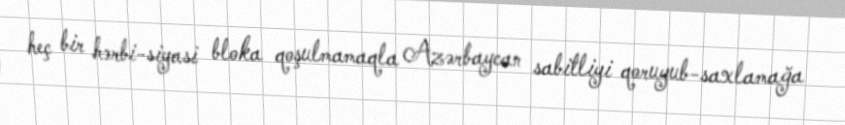
heç bir hərbi-siyasi bloka qoşulmamaqla Azərbaycan sabitliyi qoruyub-saxlamağa